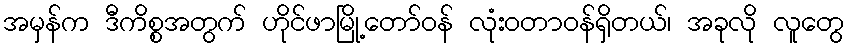
အမှန်က ဒီကိစ္စအတွက် ဟိုင်ဖာမြို့တော်ဝန် လုံးဝတာဝန်ရှိတယ်၊ အခုလို လူတွေ